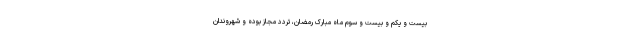
بیست و یکم و بیست و سوم ماه مبارک رمضان، تردد مجاز بوده و شهروندان